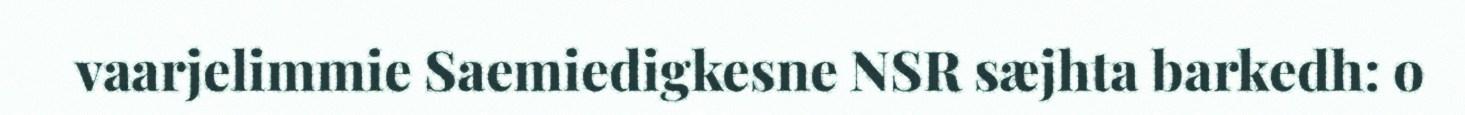
vaarjelimmie Saemiedigkesne NSR sæjhta barkedh: o